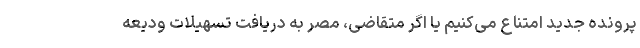
پرونده جدید امتناع می‌کنیم یا اگر متقاضی، مصرّ به دریافت تسهیلات ودیعه